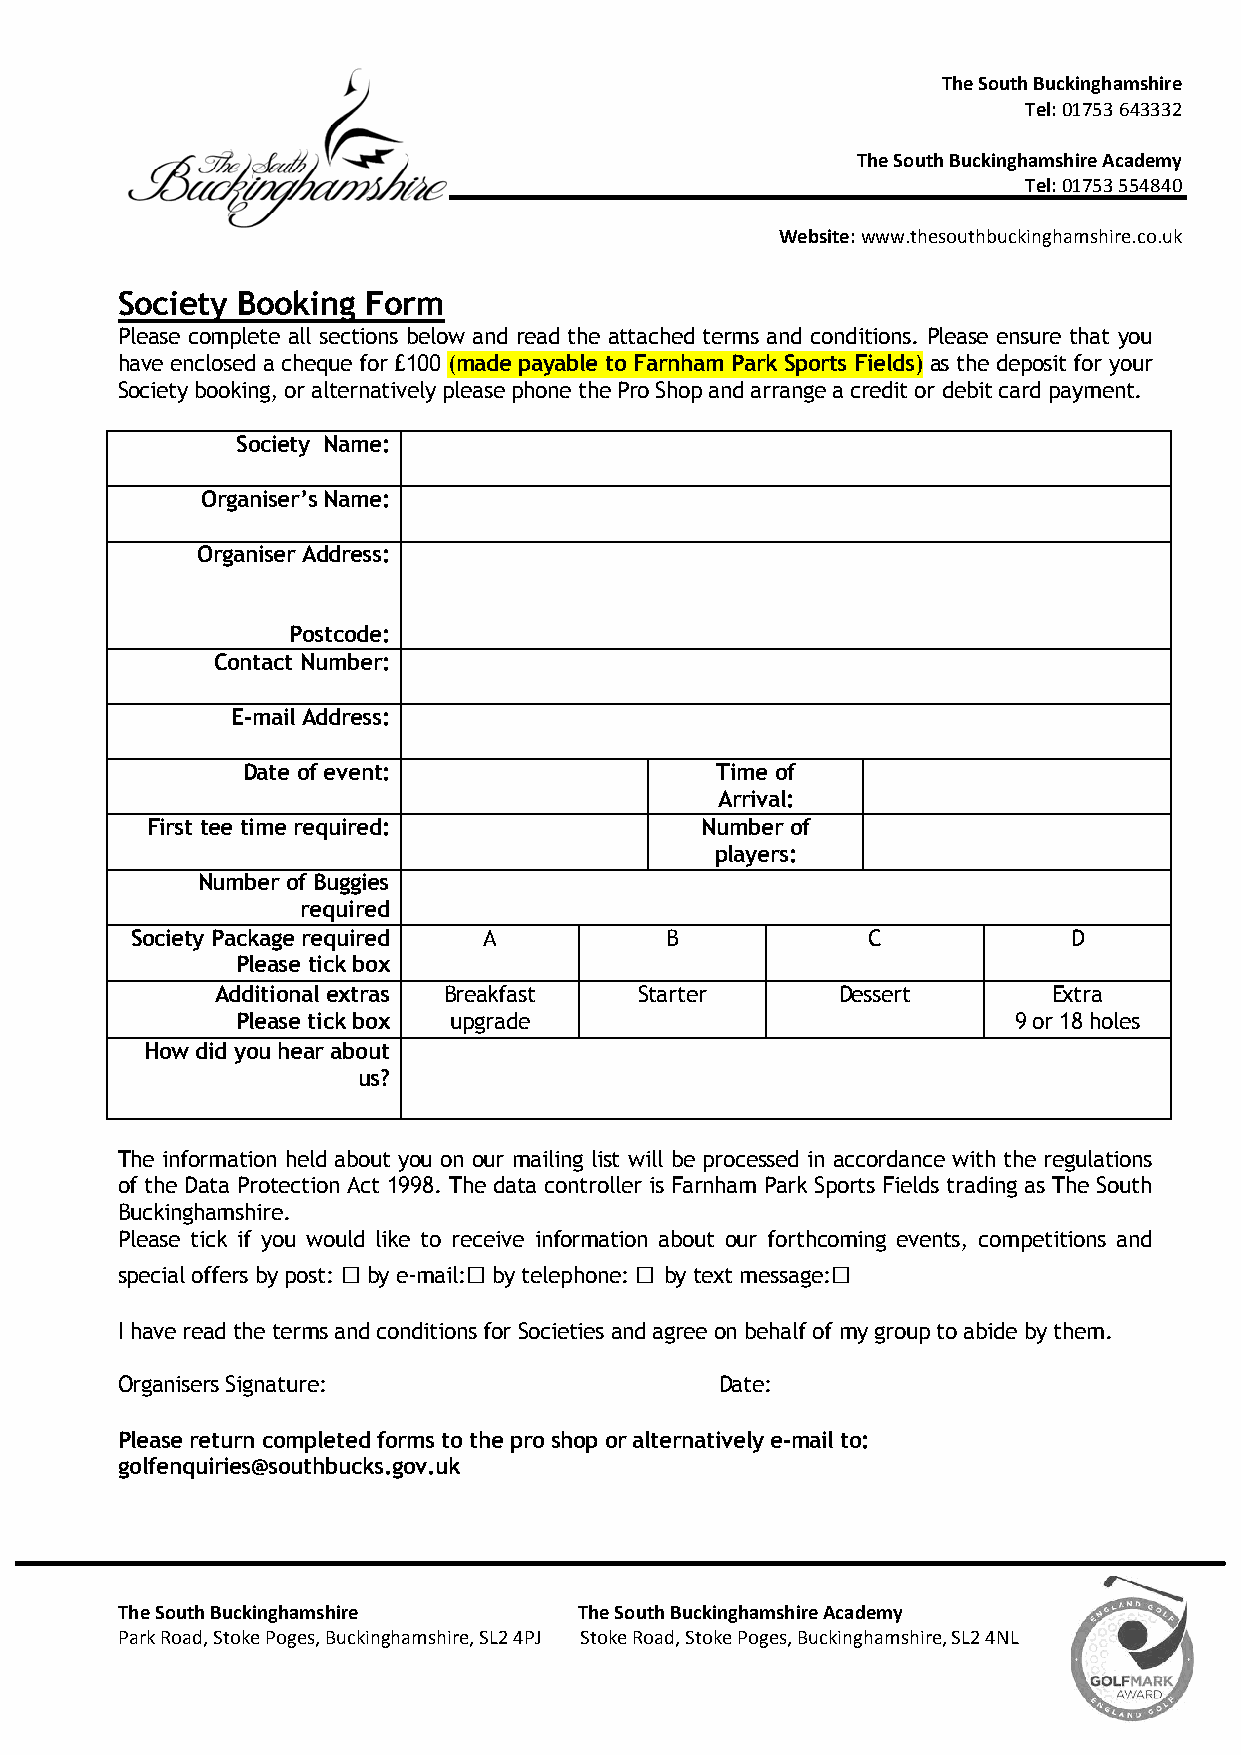
The South Buckinghamshire
 Tel: 01753 643332
 The South Buckinghamshire Academy
 Tel: 01753 554840
 Website: www.thesouthbuckinghamshire.co.uk
 Society Booking Form
 Please complete all sections below and read the attached terms and conditions. Please ensure that you
 have enclosed a cheque for £100 (made payable to Farnham Park Sports Fields) as the deposit for your
 Society booking, or alternatively please phone the Pro Shop and arrange a credit or debit card payment.
 Society Name:
 Organiser’s Name:
 Organiser Address:
 Postcode:
 Contact Number:
 E-mail Address:
 Date of event:                 Time of
 Arrival:
 First tee time required:            Number of
 players:
 Number of Buggies
 required
 Society Package required A         B            C             D
 Please tick box
 Additional extras Breakfast Starter      Dessert        Extra
 Please tick box upgrade                            9 or 18 holes
 How did you hear about
 us?
 The information held about you on our mailing list will be processed in accordance with the regulations
 of the Data Protection Act 1998. The data controller is Farnham Park Sports Fields trading as The South
 Buckinghamshire.
 Please tick if you would like to receive information about our forthcoming events, competitions and
 □       □          □            □
 special offers by post: by e-mail: by telephone: by text message:
 I have read the terms and conditions for Societies and agree on behalf of my group to abide by them.
 Organisers Signature:                   Date:
 Please return completed forms to the pro shop or alternatively e-mail to:
 golfenquiries@southbucks.gov.uk
 The South Buckinghamshire     The South Buckinghamshire Academy
 Park Road, Stoke Poges, Buckinghamshire, SL2 4PJ Stoke Road, Stoke Poges, Buckinghamshire, SL2 4NL